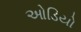
ઓડિયો